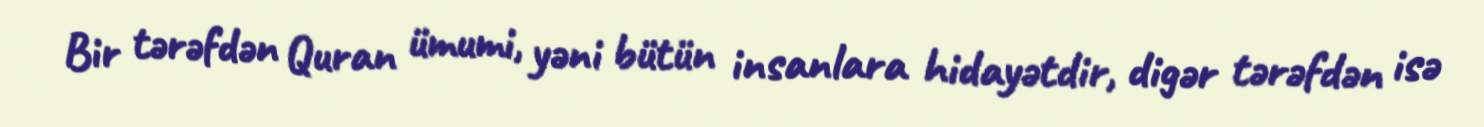
Bir tərəfdən Quran ümumi, yəni bütün insanlara hidayətdir, digər tərəfdən isə